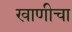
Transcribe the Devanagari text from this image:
खाणीचा